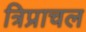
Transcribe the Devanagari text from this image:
त्रिप्राचल